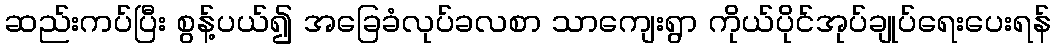
ဆည်းကပ်ပြီး စွန့်ပယ်၍ အခြေခံလုပ်ခလစာ သာကျေးရွာ ကိုယ်ပိုင်အုပ်ချုပ်ရေးပေးရန်